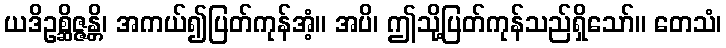
ယဒိဥစ္ဆိဇ္ဇန္တိ၊ အကယ်၍ပြတ်ကုန်အံ့။ အပိ၊ ဤသို့ပြတ်ကုန်သည်ရှိသော်။ တေသံ၊